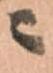
ニ